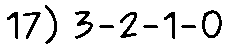
17) 3-2-1-0